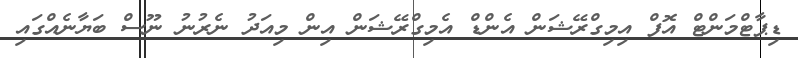
ޑިޕާޓްމަންޓް އޮފް އިމިގްރޭޝަން އެންޑް އެމިގްރޭޝަން އިން މިއަދު ނެރުނު ނޫސް ބަޔާނެއްގައި